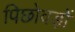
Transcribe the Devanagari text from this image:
पिछोवड़ों